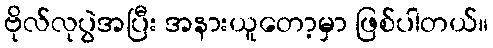
ဗိုလ်လုပွဲအပြီး အနားယူတော့မှာ ဖြစ်ပါတယ်။